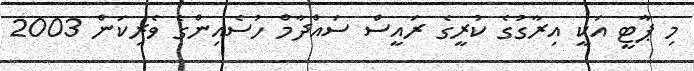
މި ޕާޓީ އަކީ އިރާގުގެ ކުރީގެ ރައީސް ސައްދާމް ހުސެއިންގެ ވެރިކަން 2003